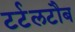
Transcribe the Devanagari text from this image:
टर्टलटौब